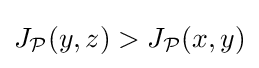
J_{\mathcal {P}}(y,z)>J_{\mathcal {P}}(x,y)